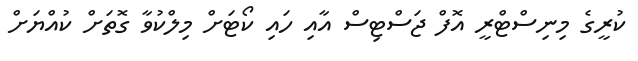
ކުރީގެ މިނިސްޓްރީ އޮފް ޖަސްޓިސް އާއި ހައި ކޯޓަށް މިލްކުވާ ގޮތަށް ކުއްޔަށް